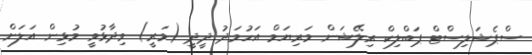
ސްޕެޝަލިސްޓް ޕަބްލިކް ރިލޭޝަން މަރިޔަމް އަހުމަދު ދީދީ (މަރީ) ވިދާޅުވީ މުޅިން އަލަށް